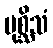
ပုစ္ဆိသံ